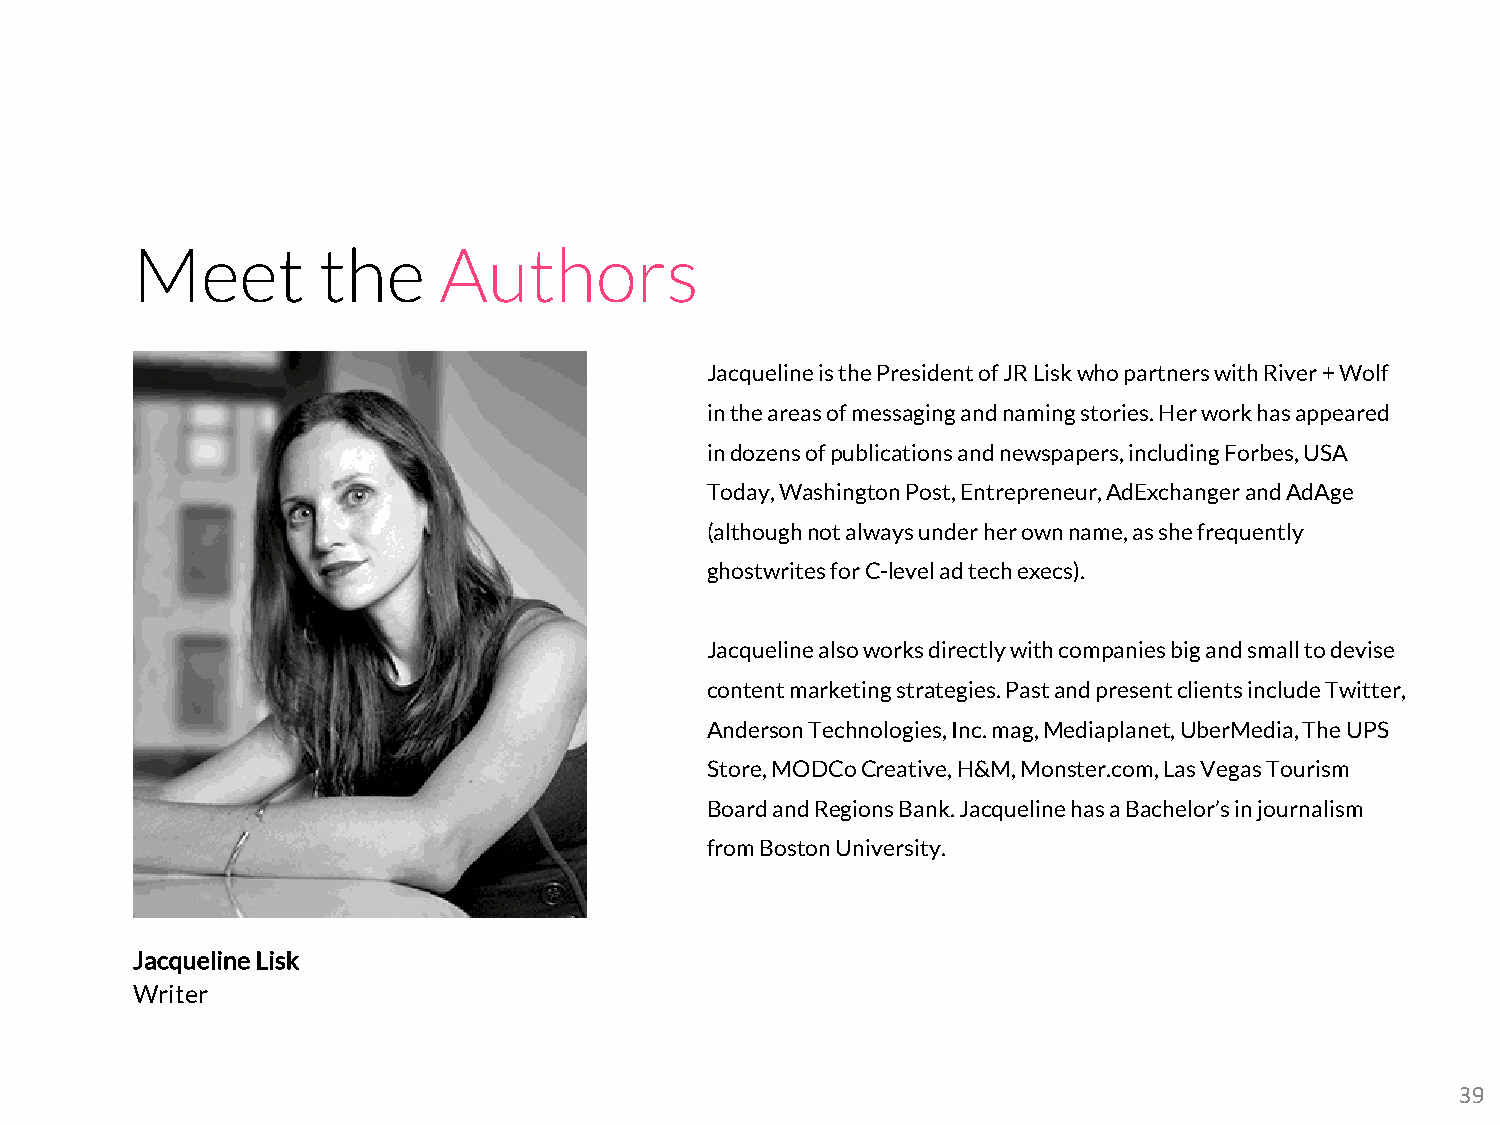
Meet        the     Authors
 Jacqueline is the President of JR Liskwho partners with River + Wolf
 in the areas of messaging and naming stories. Her work has appeared
 in dozens of publications and newspapers, including Forbes, USA
 Today, Washington Post, Entrepreneur, AdExchangerand AdAge
 (although not always under her own name, as she frequently
 ghostwrites for C-level ad tech execs).
 Jacqueline also works directly with companies big and small to devise
 content marketing strategies. Past and present clients include Twitter,
 Anderson Technologies, Inc. mag, Mediaplanet, UberMedia, The UPS
 Store, MODCoCreative, H&M, Monster.com, Las Vegas Tourism
 Board and Regions Bank. Jacqueline has a Bachelor’s in journalism
 from Boston University.
 Jacqueline Lisk
 Writer
 39